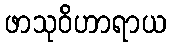
ဖာသုဝိဟာရာယ